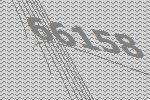
66158